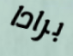
برادا